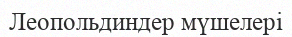
Леопольдиндер мүшелері